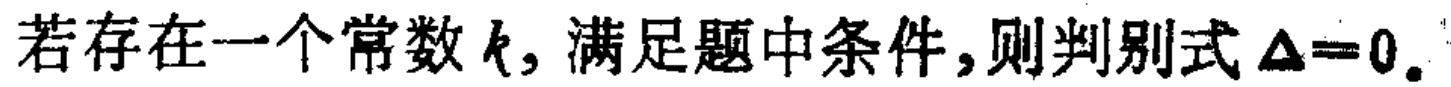
若存在一个常数\(k\)，满足题中条件，则判别式\(\Delta = 0\)。